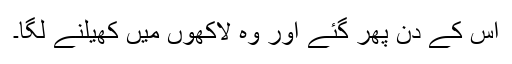
اس کے دن پھر گئے اور وہ لاکھوں میں کھیلنے لگا۔